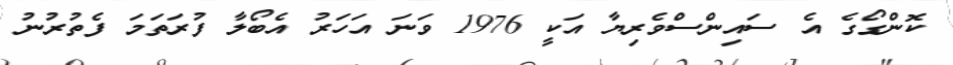
ކޮންގޯގެ އެ ސައިންސްވެރިޔާ އަކީ 1976 ވަނަ އަހަރު އެބޯލާ ފުރަތަމަ ފެތުރުނު